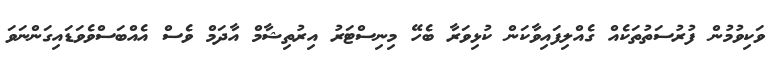
ވަކިވުމުން ފުރުސަތުތަކެއް ގެއްލިފައިވާކަން ކުޅިވަރާ ބެހޭ މިނިސްޓަރު އިރުތިޝާމް އާދަމް ވެސް އެއްބަސްވެވަޑައިގަންނަވަ